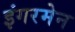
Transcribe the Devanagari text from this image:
इंगरमेन